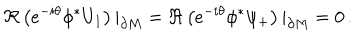
\Re \left( e ^ { - i \theta } \phi ^ { * } U _ { 1 } \right) | _ { \partial M } = \Re \left( e ^ { - i \theta } \phi ^ { * } \psi _ { + } \right) | _ { \partial M } = 0 \, .